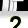
Digit: 2